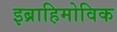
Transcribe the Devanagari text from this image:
इब्राहिमोविक